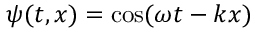
\psi ( t , x ) = \cos ( \omega t - k x )